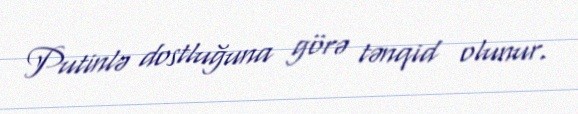
Putinlə dostluğuna görə tənqid olunur.